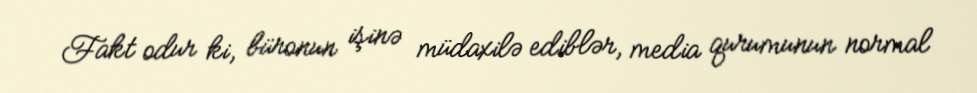
Fakt odur ki, büronun işinə müdaxilə ediblər, media qurumunun normal